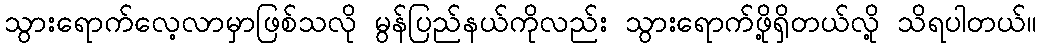
သွားရောက်လေ့လာမှာဖြစ်သလို မွန်ပြည်နယ်ကိုလည်း သွားရောက်ဖို့ရှိတယ်လို့ သိရပါတယ်။